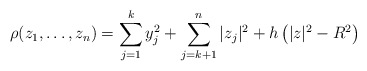
\begin{align*}\rho(z_1,\ldots,z_n)=\sum_{j=1}^k y_j^2 + \sum_{j=k+1}^n |z_j|^2 + h\left(|z|^2-R^2\right) \end{align*}